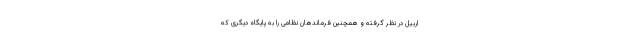
اربیل در نظر گرفته‌ و همچنین فرماندهان نظامی را به پایگاه دیگری که